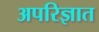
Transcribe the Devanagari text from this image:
अपरिज्ञात